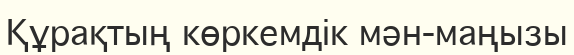
Құрақтың көркемдік мән-маңызы